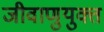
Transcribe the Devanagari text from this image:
जीवाणुयुक्त